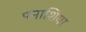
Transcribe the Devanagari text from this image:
पनाशिया